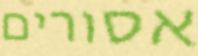
אסורים